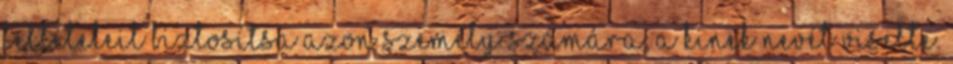
feltételeit biztosítsa azon személy számára, a kinek nevét viselte.